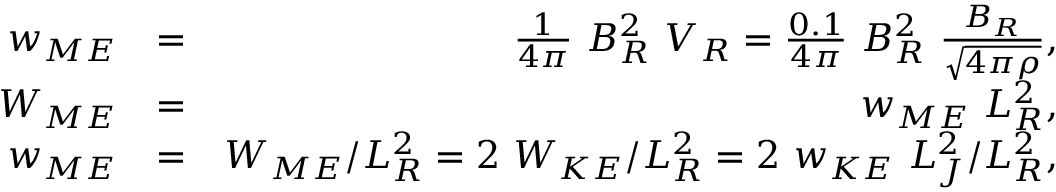
\begin{array} { r l r } { w _ { M E } } & { = } & { \frac { 1 } { 4 \pi } \ B _ { R } ^ { 2 } \ V _ { R } = \frac { 0 . 1 } { 4 \pi } \ B _ { R } ^ { 2 } \ \frac { B _ { R } } { \sqrt { 4 \pi \rho } } , } \\ { W _ { M E } } & { = } & { w _ { M E } \ L _ { R } ^ { 2 } , } \\ { w _ { M E } } & { = } & { W _ { M E } / L _ { R } ^ { 2 } = 2 \ W _ { K E } / L _ { R } ^ { 2 } = 2 \ w _ { K E } \ L _ { J } ^ { 2 } / L _ { R } ^ { 2 } , } \end{array}